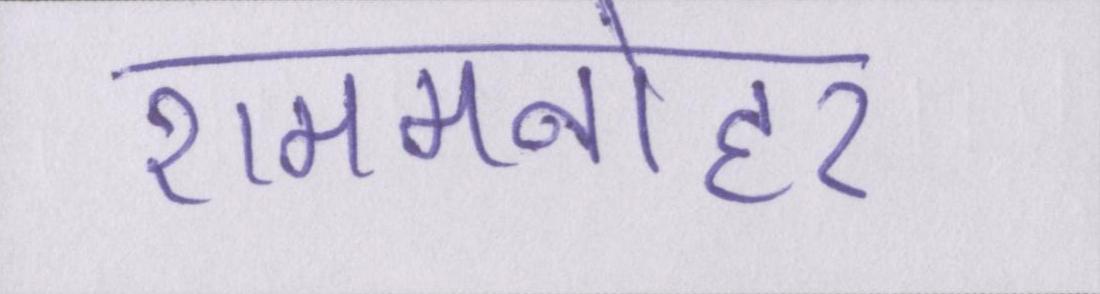
राममनोहर